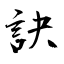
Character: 訣